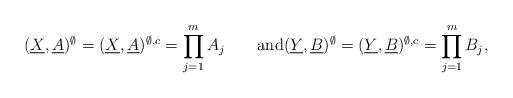
LaTeX: \begin{align*}(\underline{X},\underline{A})^{\emptyset}=(\underline{X},\underline{A})^{\emptyset,c}=\prod^m_{j=1}A_j \qquad\mbox{and}(\underline{Y},\underline{B})^{\emptyset}=(\underline{Y},\underline{B})^{\emptyset,c}=\prod^m_{j=1}B_j,\end{align*}